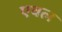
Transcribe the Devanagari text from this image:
एवल